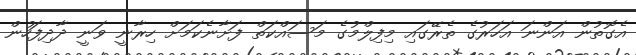
އެގޮތުން އަންނަ އަހަރުގެ ތެރޭގައި މިފިލްމުގެ މަސައްކަތް ފަށާނެކަމަށް ހިރާނީ ވަނީ ދާދިފަހުން